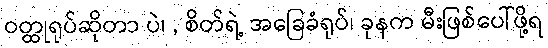
ဝတ္ထုရုပ်ဆိုတာ ပဲ၊ , စိတ်ရဲ့ အခြေခံရုပ်၊ ခုနက မီးဖြစ်ပေါ်ဖို့ရ